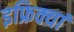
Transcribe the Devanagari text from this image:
इफ्रिक्यां